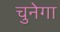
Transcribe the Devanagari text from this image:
चुनेगा